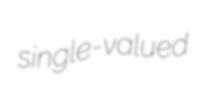
single-valued